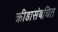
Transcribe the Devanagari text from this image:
क्रीडासंबधित